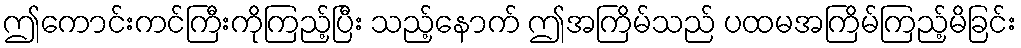
ဤကောင်းကင်ကြီးကိုကြည့်ပြီး သည့်နောက် ဤအကြိမ်သည် ပထမအကြိမ်ကြည့်မိခြင်း